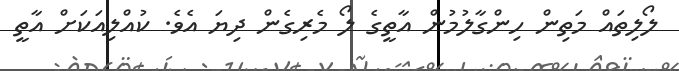
ލޯލިތައް މަތިން ހިންގާލުމުން އާތީގެ ލޯ މެރިގެން ދިޔަ އެވެ. ކުއްލިއަކަށް އާތީ